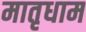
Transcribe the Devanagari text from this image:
मातृधाम